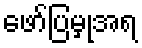
ဖော်ပြမှုအရ